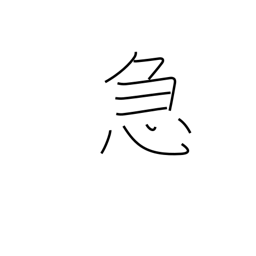
Meaning: emergency